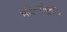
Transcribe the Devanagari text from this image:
महिन्यांपूर्वीच